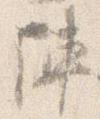
陣